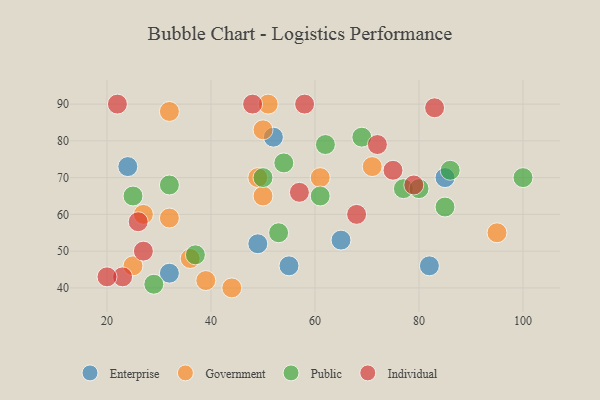
{"axis": {"x": "GDP", "y": "Life Expectancy"}, "legend": ["Enterprise", "Government", "Individual", "Public"], "data": [{"x": "82", "y": 46, "type": "Enterprise"}, {"x": "32", "y": 44, "type": "Enterprise"}, {"x": "24", "y": 73, "type": "Enterprise"}, {"x": "85", "y": 70, "type": "Enterprise"}, {"x": "55", "y": 46, "type": "Enterprise"}, {"x": "52", "y": 81, "type": "Enterprise"}, {"x": "49", "y": 52, "type": "Enterprise"}, {"x": "65", "y": 53, "type": "Enterprise"}, {"x": "71", "y": 73, "type": "Government"}, {"x": "44", "y": 40, "type": "Government"}, {"x": "25", "y": 46, "type": "Government"}, {"x": "95", "y": 55, "type": "Government"}, {"x": "39", "y": 42, "type": "Government"}, {"x": "50", "y": 83, "type": "Government"}, {"x": "49", "y": 70, "type": "Government"}, {"x": "27", "y": 60, "type": "Government"}, {"x": "51", "y": 90, "type": "Government"}, {"x": "36", "y": 48, "type": "Government"}, {"x": "61", "y": 70, "type": "Government"}, {"x": "32", "y": 88, "type": "Government"}, {"x": "50", "y": 65, "type": "Government"}, {"x": "32", "y": 59, "type": "Government"}, {"x": "77", "y": 67, "type": "Public"}, {"x": "50", "y": 70, "type": "Public"}, {"x": "86", "y": 72, "type": "Public"}, {"x": "85", "y": 62, "type": "Public"}, {"x": "32", "y": 68, "type": "Public"}, {"x": "29", "y": 41, "type": "Public"}, {"x": "62", "y": 79, "type": "Public"}, {"x": "54", "y": 74, "type": "Public"}, {"x": "100", "y": 70, "type": "Public"}, {"x": "37", "y": 49, "type": "Public"}, {"x": "25", "y": 65, "type": "Public"}, {"x": "80", "y": 67, "type": "Public"}, {"x": "69", "y": 81, "type": "Public"}, {"x": "53", "y": 55, "type": "Public"}, {"x": "61", "y": 65, "type": "Public"}, {"x": "26", "y": 58, "type": "Individual"}, {"x": "83", "y": 89, "type": "Individual"}, {"x": "48", "y": 90, "type": "Individual"}, {"x": "23", "y": 43, "type": "Individual"}, {"x": "58", "y": 90, "type": "Individual"}, {"x": "57", "y": 66, "type": "Individual"}, {"x": "20", "y": 43, "type": "Individual"}, {"x": "72", "y": 79, "type": "Individual"}, {"x": "75", "y": 72, "type": "Individual"}, {"x": "68", "y": 60, "type": "Individual"}, {"x": "27", "y": 50, "type": "Individual"}, {"x": "22", "y": 90, "type": "Individual"}, {"x": "79", "y": 68, "type": "Individual"}]}